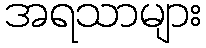
အရသာများ